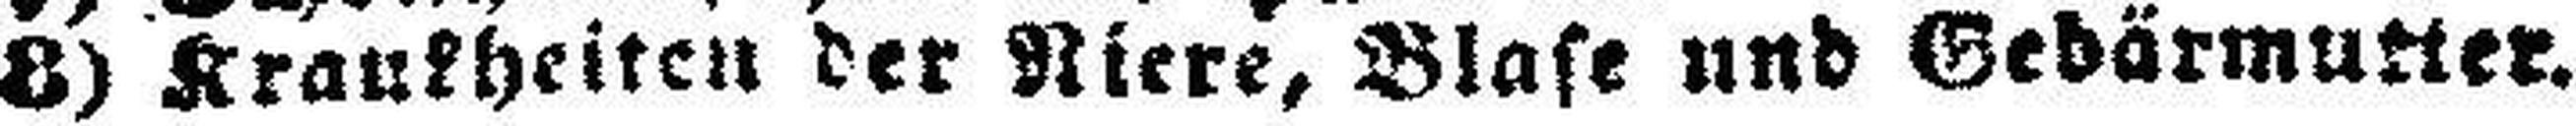
8) Kraukheiten der Niere, Blase und Gebärmutter.